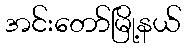
အင်းတော်မြို့နယ်